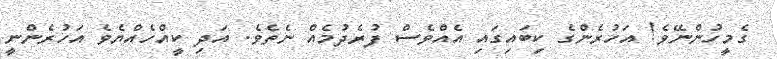
ގެމީހުންނޭވެ! އަހުރެންގެ ކިބައިގައި އެއްވެސް ފުރެދުމެއް ނެތެވެ. އަދި ކީއްހެއްޔެވެ އަހުރެންނީ